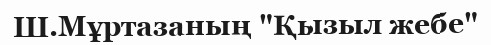
Ш.Мұртазаның "Қызыл жебе"